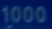
1000